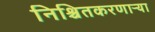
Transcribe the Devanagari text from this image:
निश्चितकरणाऱ्या